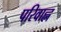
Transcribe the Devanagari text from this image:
परिवाह्न